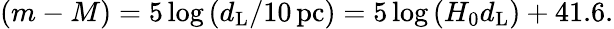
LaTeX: \left(m-M\right)=5\log\left(d_{\mathrm{L}}/10\, \mathrm{pc}\right)=5\log\left(H_{0}d_{\mathrm{L}}\right)+41.6.